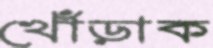
খোঁড়াক